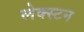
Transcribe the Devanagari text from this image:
लेक्स्टन